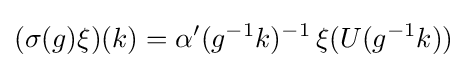
(\sigma (g)\xi )(k)=\alpha ^{\prime }(g^{-1}k)^{-1}\,\xi (U(g^{-1}k))